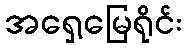
အရှေ့မြေရိုင်း